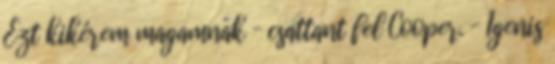
Ezt kikérem magamnak – csattant fel Cooper. – Igenis